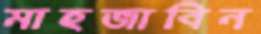
মাহজাবিন